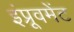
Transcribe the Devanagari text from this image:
इंप्रूवमेंट